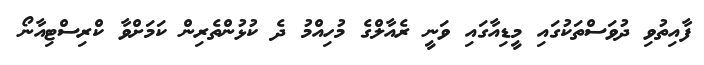
ފާއިތުވި ދުވަސްތަކުގައި މީޑިއާގައި ވަނީ ރެއާލްގެ މުހިއްމު ދެ ކުޅުންތެރިން ކަމަށްވާ ކްރިސްޓިއާނޯ